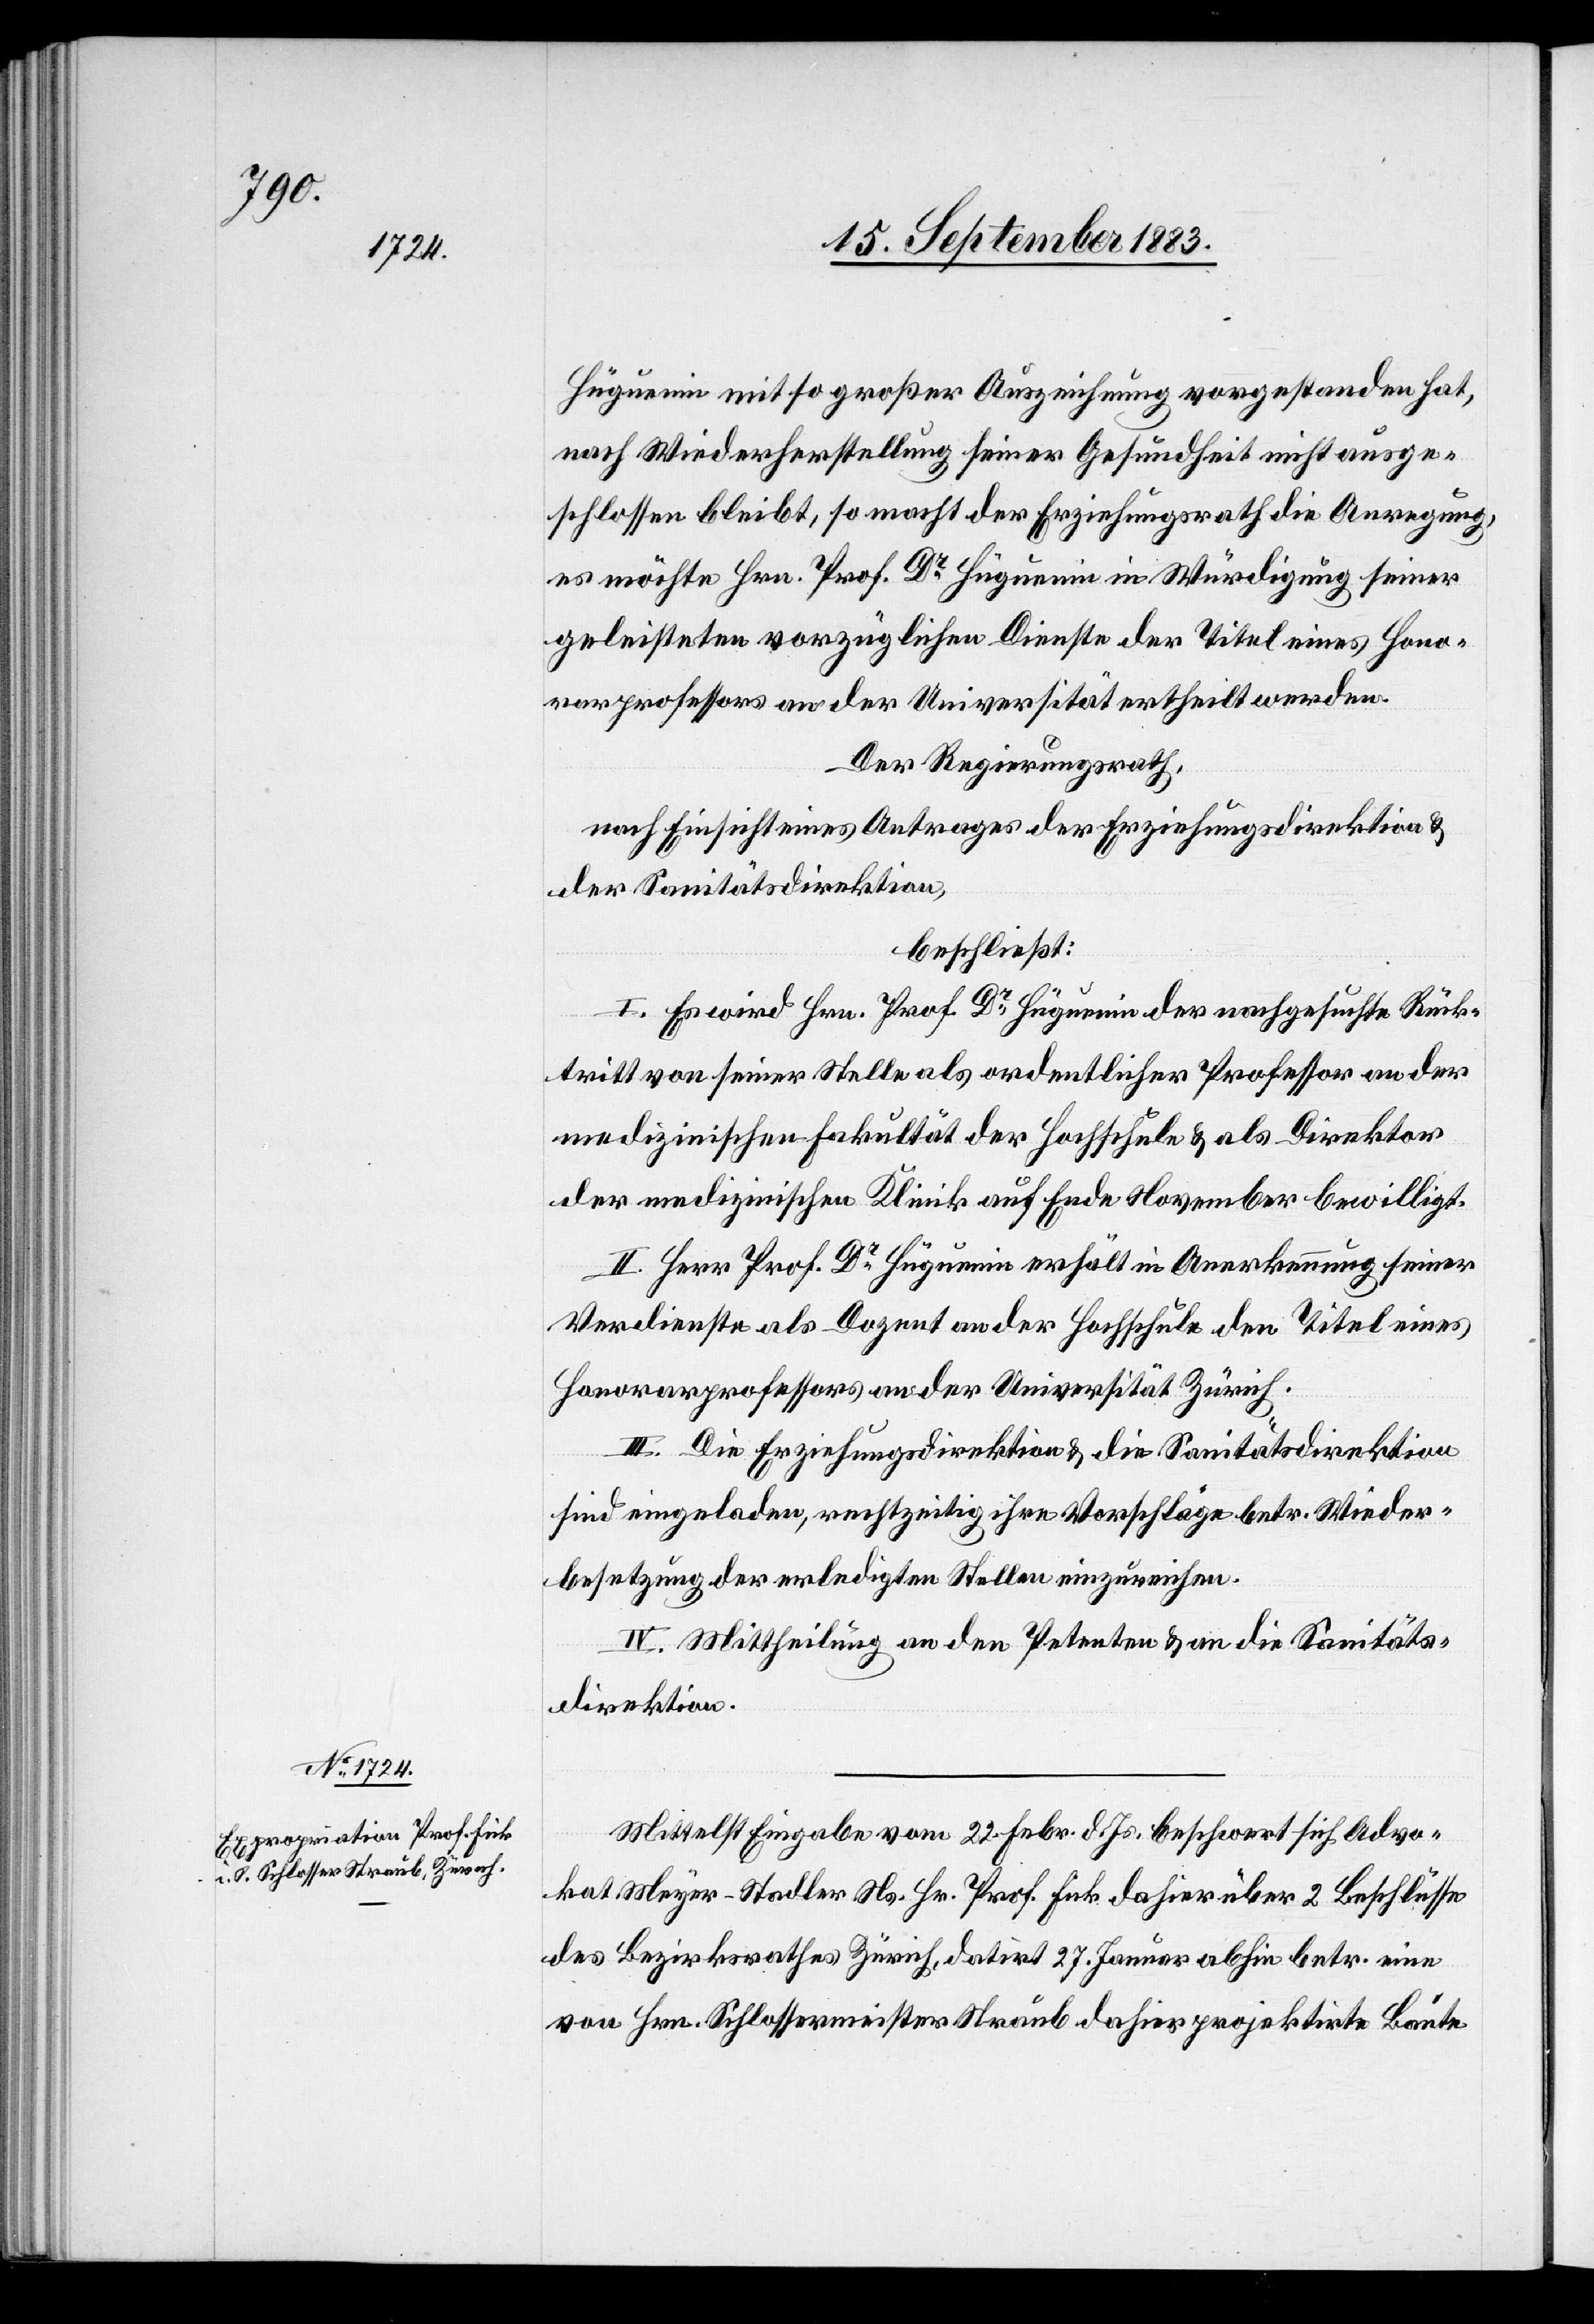
Hüguenin mit so großer Auszeichnung vorgestanden hat.
Nach Wiederherstellung seiner Gesundheit nicht ausge¬
schlossen bleibt, so macht der Erziehungsrath die Anregung,
es möchte Hrn. Prof. Dr Hüguenin in Würdigung seiner
geleisteten vorzüglichen Dienste der Titel eines Hono¬
rarprofessors an der Universität ertheilt werden.
Der Regierungsrath,
nach Einsicht eines Antrages der Erziehungsdirektion &
der Sanitätsdirektion,
beschließt:
I. Es wird Hrn. Prof. Dr Hüguenin der nachgesuchte Rück¬
tritt von seiner Stelle als ordentlicher Professor an der
medizinischen Fakultät der Hochschule & als Direktor
der medizinischen Klinik auf Ende November bewilligt.
II. Herr Prof. Dr Hüguenin erhält in Anerkennung seiner
Verdienste als Dozent an der Hochschule den Titel eines
Honorarprofessors an der Universität Zürich.
III. Die Erziehungsdirektion & die Sanitätsdirektion
sind eingeladen, rechtzeitig ihre Vorschläge betr. Wieder¬
besetzung der erledigten Stelle einzureichen.
IV. Mittheilung an den Petenten & an die Sanitäts¬
direktion.
Mittelst Eingabe vom 22. Febr. d. Js. beschwert sich Advo¬
kat Meyer-Stadler Ns. Hr. Prof. Fick dahier über 2 Beschlüsse
des Bezirksrathes Zürich, datirt 27. Januar abhin betr. eine
von Hrn. Schlossermeister Straub dahier projektirte Baute